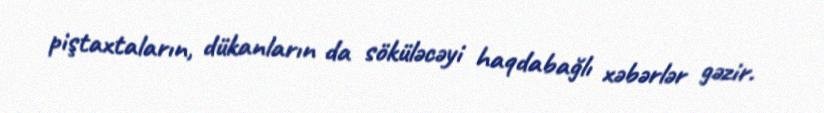
piştaxtaların, dükanların da söküləcəyi haqdabağlı xəbərlər gəzir.